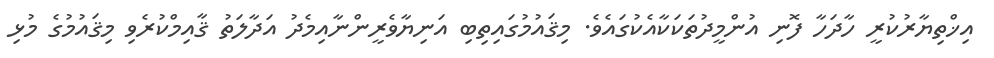
އިޚްތިޔާރުކުރީ ހާދަހާ ފޮނި އުންމީދުތަކަކާއެކުގައެވެ. މިޤައުމުގައިތިބި އަނިޔާވެރީންނާއިމެދު އަދާލަތު ޤާއިމްކުރެވި މިޤައުމުގެ މުޅި